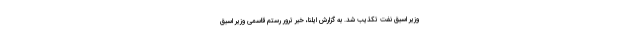
وزیر اسبق نفت تکذیب شد. به گزارش ایلنا، خبر ترور رستم قاسمی وزیر اسبق